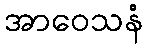
အာဝေသနံ